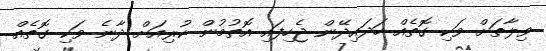
ވިލާތަށް ވަކި ގޮތެއް ހަދައިދޭން ޖެހިފައި އޮތުމުން ކުރިއަށް ދާނެ ވަކި ގޮތެއް